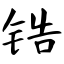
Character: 锆